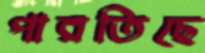
পারতিছে